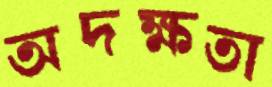
অদক্ষতা